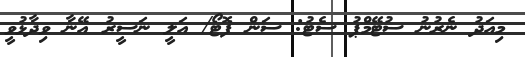
މިއަދު ނެރުނު ސުޓޭމްޕު ސެޓު: ސަން ފޮޓޯ/ އަލީ ނަސީރު އޭނާ ވިދާޅުވީ